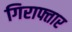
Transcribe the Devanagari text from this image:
गिराफ्तार